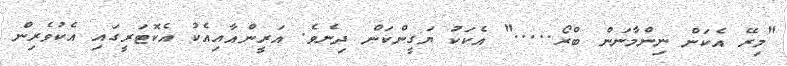
"މިރޭ އެކަން ނިންމާނަން ބްރޯ....." އެކަކު ޔަގީންކަން ދިނެވެ. އަރީންއާއިއެކު އެކޮޓަރީގައި އެކުވެރިން